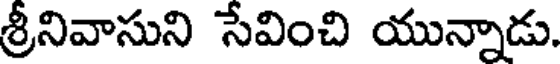
శ్రీనివాసుని సేవించి యున్నాడు.